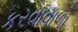
કરવાવાળો